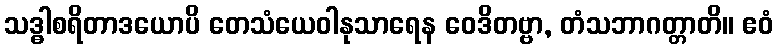
သဒ္ဓါစရိတာဒယောပိ တေသံယေဝါနုသာရေန ဝေဒိတဗ္ဗာ, တံသဘာဂတ္တာတိ။ ဧဝံ